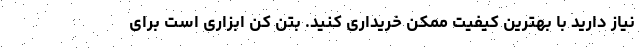
نیاز دارید با بهترین کیفیت ممکن خریداری کنید. بتن کن ابزاری است برای